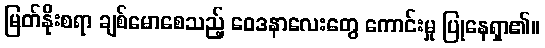
မြတ်နိုးစရာ ချစ်မောစေသည့် ဝေဒနာလေးတွေ ကောင်းမှု ပြုနေရှာ၏။